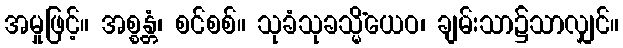
အမှုဖြင့်။ အစ္စန္တံ၊ စင်စစ်။ သုခံသုခသ္မိံယေဝ၊ ချမ်းသာ၌သာလျှင်။